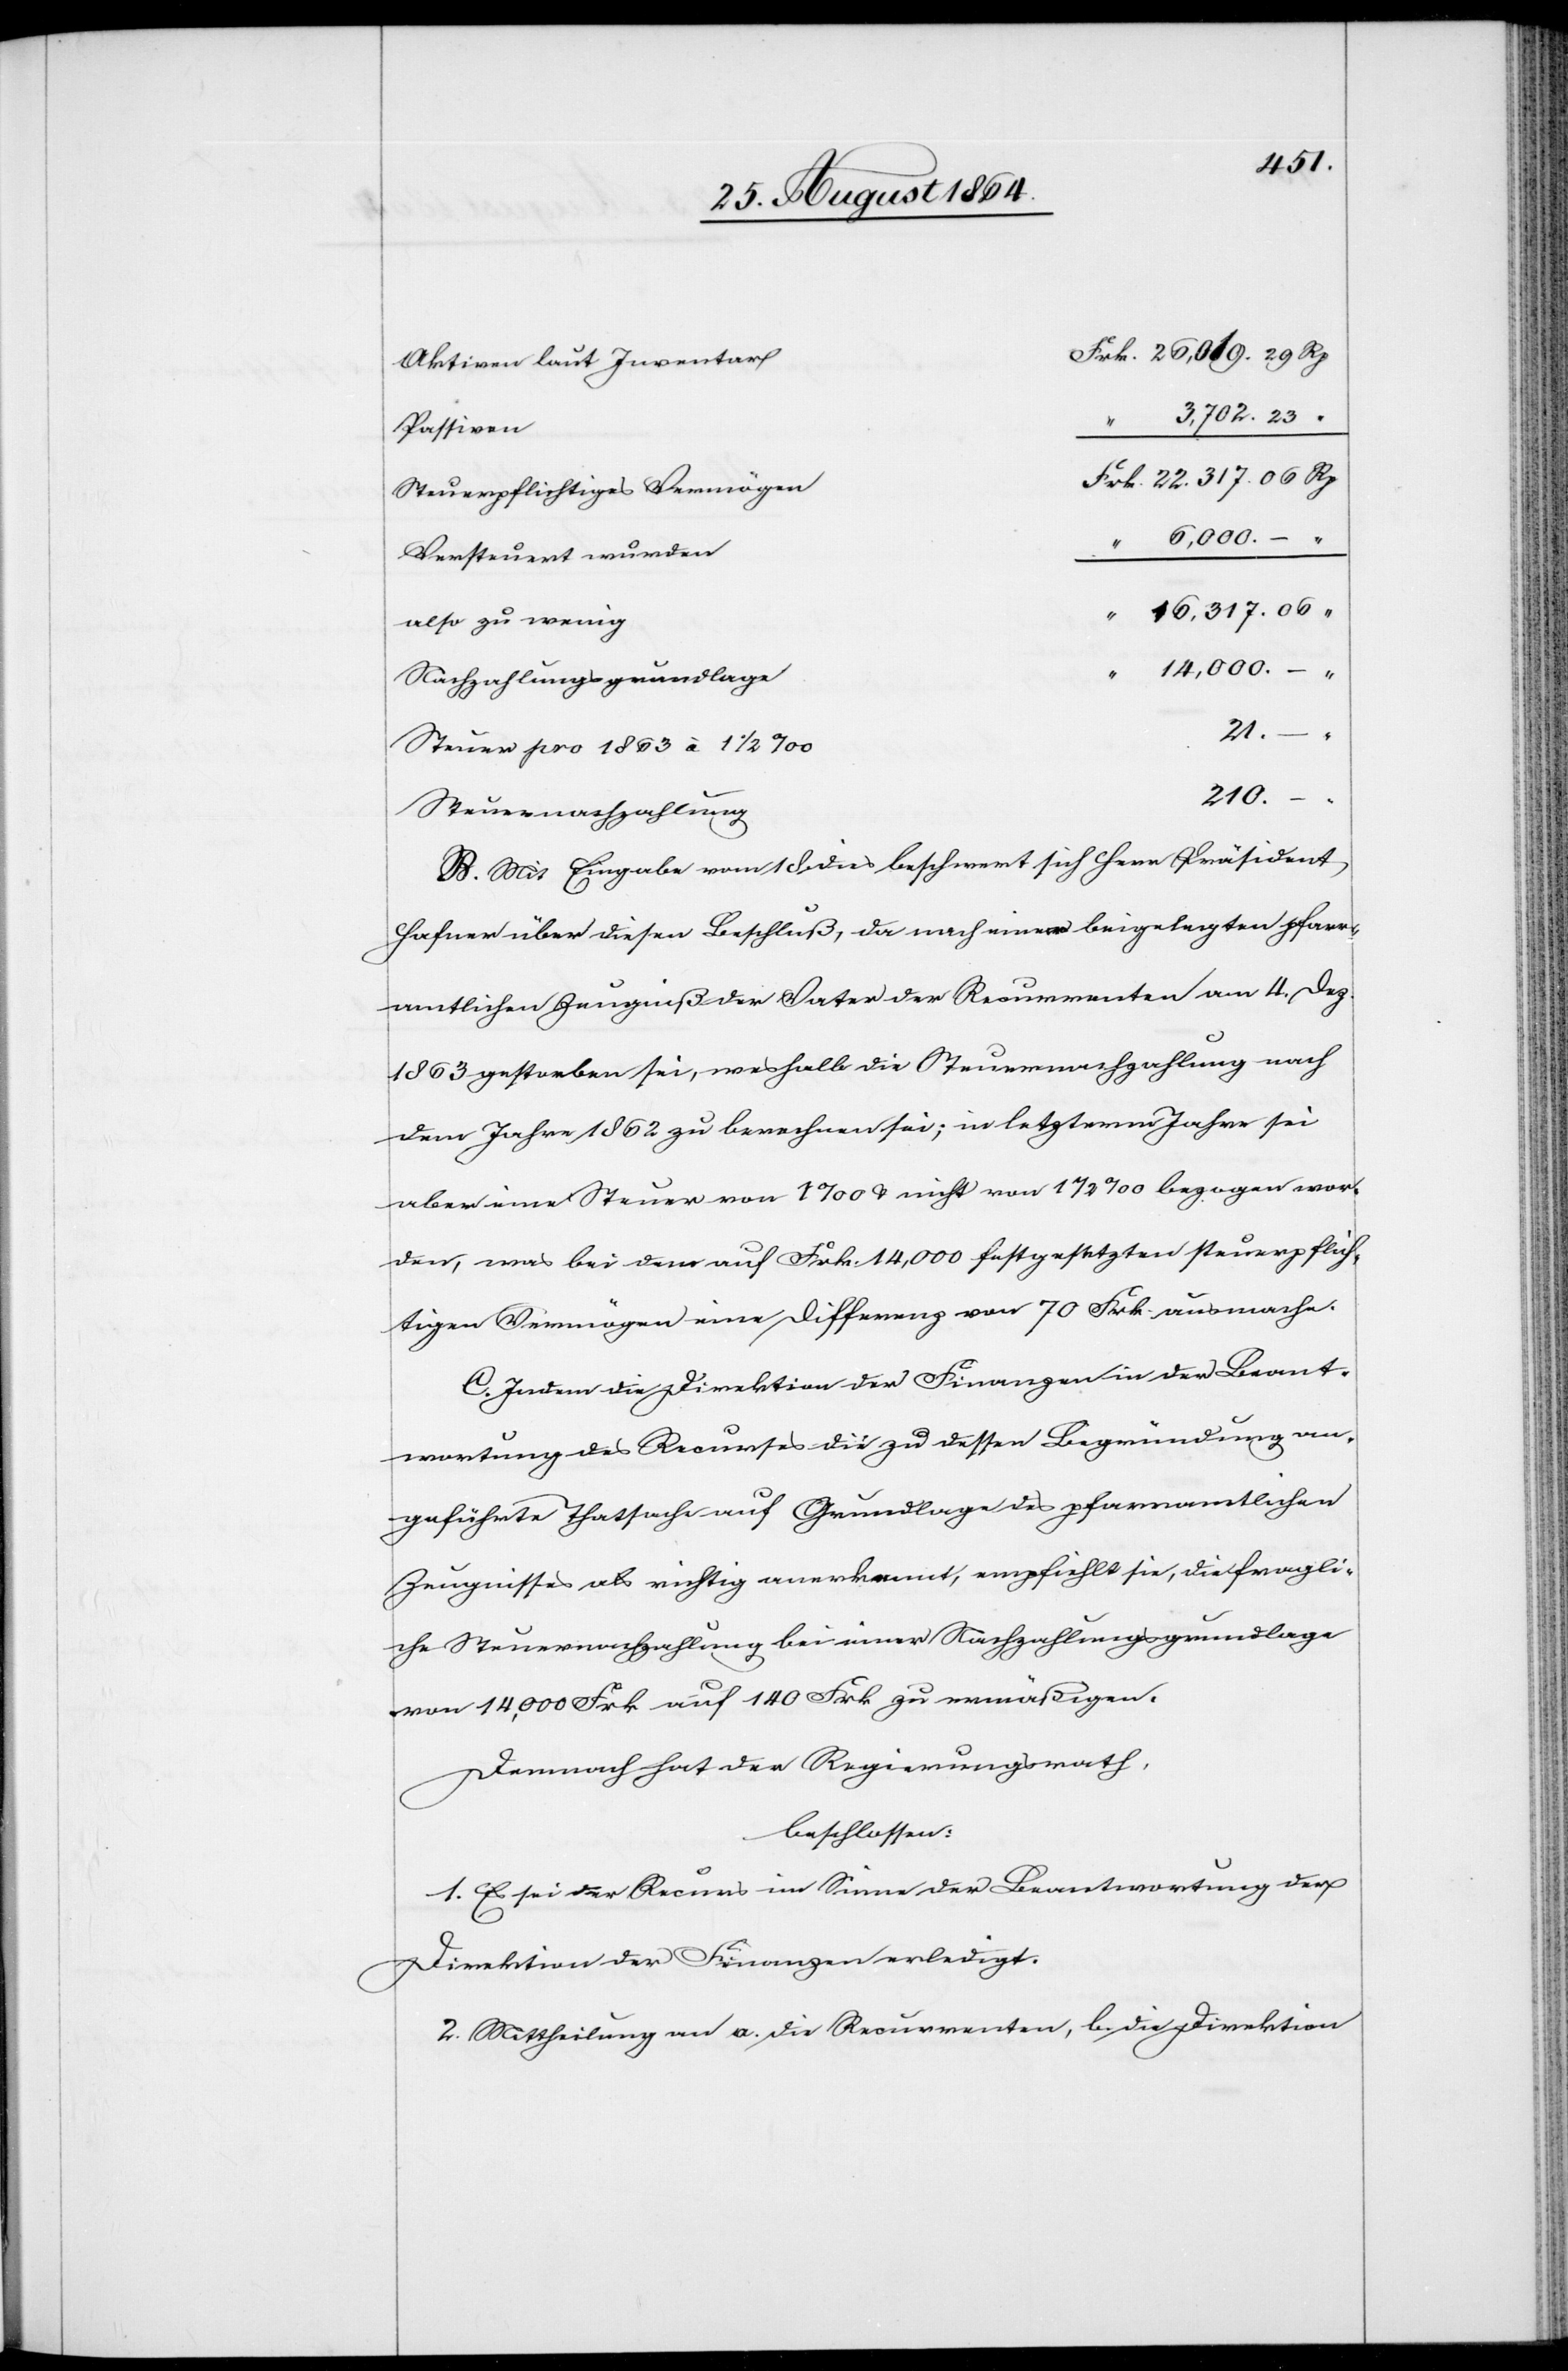
Aktiven laut Inventar
3,702.23
“
Passiven
Steuerpflichtiges Vermögen
Versteuert wurden
16,317.06
“
also zu wenig
14,000
Nachzahlungsgrundlage
steuerpflich¬
21.
Steuer pro 1863 à 1 1/2‰
210.
Steuernachzahlung
B. Mit Eingabe vom 18. dies beschwert sich Herr Präsident
Hafner über diesen Beschluß, da nach einem beigelegten pfarr¬
amtlichen Zeugniß der Vater der Recurrenten am 4. Dez.
1863 gestorben sei, weshalb die Steuernachzahlung nach
dem Jahre 1862 zu berechnen sei; in letzterm Jahre sei
aber eine Steuer von 1‰ bezogen worden, was bei dem auf
tigen Vermögen eine Differenz von 70 Frk. ausmache.
C. Indem die Direktion der Finanzen in der Beant¬
wortung des Recurses die zu dessen Begründung an¬
geführte Thatsache auf Grundlage des pfarramtlichen
Zeugnisses als richtig anerkannt, empfiehlt sie, die fragli¬
che Steuernachzahlung bei einer Nachzahlungsgrundlage
von 14,000 Frk. auf 140 Frk. zu mäßigen.
Demnach hat der Regierungsrath,
beschlossen:
1. Es sei der Recurs im Sinne der Beantwortung der
Direktion der Finanzen erledigt.
2. Mittheilung an a. die Recurrenten, b. die Direktion